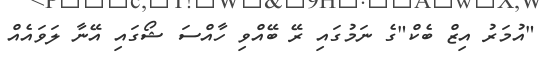
"އުމަރު އިޒް ބެކް"ގެ ނަމުގައި ރޭ ބޭއްވި ހާއްސަ ޝޯގައި އޭނާ ލަވައެއް